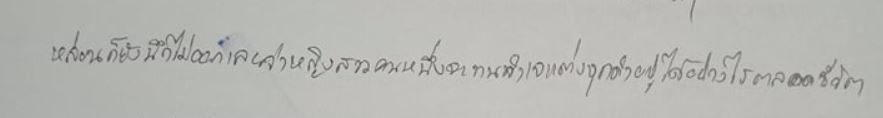
หล่อนก็ยังนึกไม่ออกเลยว่าหญิงสาวคนหนึ่งจะทนจำเจแต่งชุดดำอยู่ได้อย่างไรตลอดชีวิต